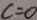
c = 0